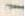
-